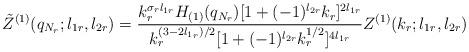
LaTeX: \begin{align*}\tilde Z^{(1)}(q_{N_r};l_{1r},l_{2r})=\frac{k_r^{\sigma_rl_{1r}}H_{(1)}(q_{N_r})[1+(-1)^{l_{2r}}k_r]^{2l_{1r}}}{k_r^{(3-2l_{1_r})/2}[1+(-1)^{l_{2r}}k_r^{1/2}]^{4l_{1r}}}Z^{(1)}(k_r;l_{1r},l_{2r})\end{align*}